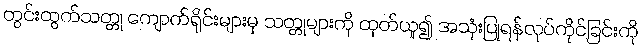
တွင်းထွက်သတ္တု ကျောက်ရိုင်းများမှ သတ္တုများကို ထုတ်ယူ၍ အသုံးပြုရန်လုပ်ကိုင်ခြင်းကို